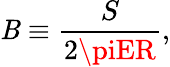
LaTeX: \mathit{B}\equiv{\frac{{S}}{{2\piER}}},